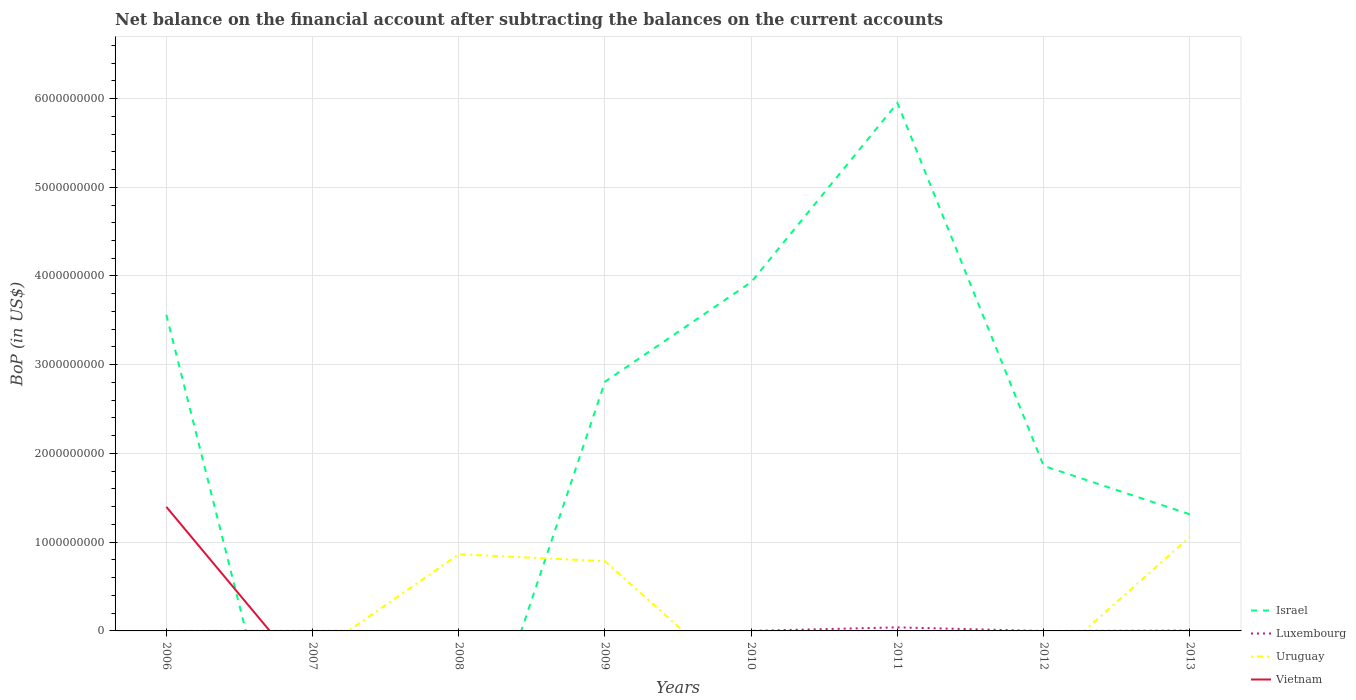
| Years | Israel | Luxembourg | Uruguay | Vietnam |
 | --- | --- | --- | --- | --- |
 | 2006 | 3.56e+09 | -4.03e+05 | -1.52e+08 | 1.4e+09 |
 | 2007 | -2.99e+09 | 4.9e+05 | -2.79e+08 | -5.78e+08 |
 | 2008 | -2.09e+09 | -1.6e+06 | 8.64e+08 | -1.04e+09 |
 | 2009 | 2.81e+09 | -3.55e+08 | 7.86e+08 | -9.02e+09 |
 | 2010 | 3.93e+09 | 6.25e+05 | -6.87e+08 | -3.69e+09 |
 | 2011 | 5.95e+09 | 4.02e+07 | -3.11e+08 | -5.48e+09 |
 | 2012 | 1.86e+09 | -9.26e+05 | -4.06e+08 | -5.47e+09 |
 | 2013 | 1.31e+09 | 4.16e+06 | 1.06e+09 | -8.76e+09 |